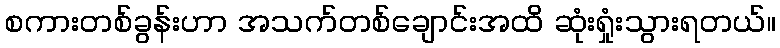
စကားတစ်ခွန်းဟာ အသက်တစ်ချောင်းအထိ ဆုံးရှုံးသွားရတယ်။